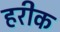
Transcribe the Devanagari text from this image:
हरीक